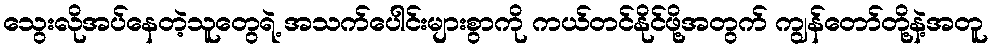
သွေးလိုအပ်နေတဲ့သူတွေရဲ့ အသက်ပေါင်းများစွာကို ကယ်တင်နိုင်ဖို့အတွက် ကျွန်တော်တို့နဲ့အတူ